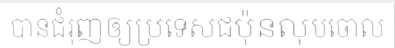
បានជំរុញឲ្យប្រទេសជប៉ុនលុបចោល